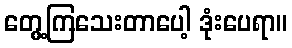
တွေ့ကြသေးတာပေါ့ ဒုံးပေရာ။